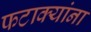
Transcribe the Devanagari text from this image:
फटाक्यांना